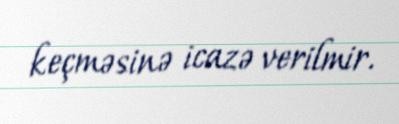
keçməsinə icazə verilmir.